Madras plague regulations and rules for the inspection of inward and outward bound vessels - Volume 1
Disease focus: Plague
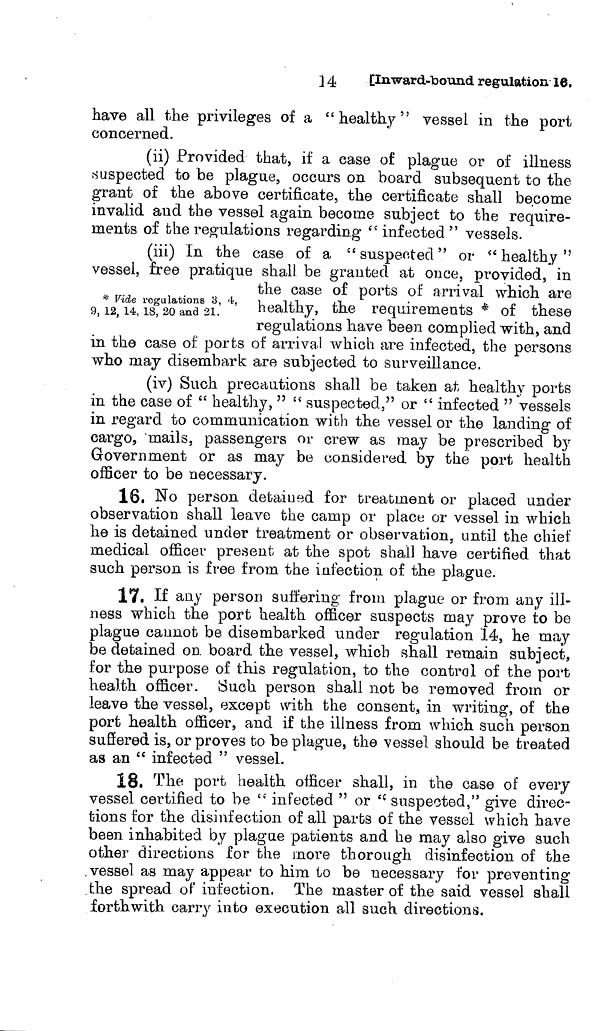
14
[Inward-bound regulation 10.
have all the privileges of a " healthy" vessel in the port
concerned.
(ii) Provided that, if a case of plague or of illness
suspected to be plague, occurs on board subsequent to the
grant of the above certificate, the certificate shall become
invalid and the vessel again become subject to the require-
ments of the regulations regarding " infected " vessels.
* Vide regulations 3, 4,
9, 12, 14, 18, 20 and 21.
(iii) In the case of a " suspected " or " healthy "
vessel, free pratique shall be granted at once, provided, in
the case of ports of arrival which are
healthy, the requirements * of these
regulations have been complied with, and
in the case of ports of arrival which are infected, the persons
who may disembark are subjected to surveillance.
(iv) Such precautions shall be taken at healthy ports
in the case of " healthy, " " suspected," or " infected " vessels
in regard to communication with the vessel or the landing of
cargo, mails, passengers or crew as may be prescribed by
Government or as may be considered by the port health
officer to be necessary.
16, No person detained for treatment or placed under
observation shall leave the camp or place or vessel in which
he is detained under treatment or observation, until the chief
medical officer present at the spot shall have certified that
such person is free from the i election of the plague.
17, If any person suffering from plague or from any ill-
ness which the port health officer suspects may prove to be
plague cannot be disembarked under regulation 14, he may
be detained on board the vessel, which shall remain subject,
for the purpose of this regulation, to the control of the port
health officer. Such person shall not be removed from or
leave the vessel, except with the consent, in writing, of the
port health officer, and if the illness from which such person
suffered is, or proves to be plague, the vessel should be treated
as an " infected " vessel.
18, The port health officer shall, in the case of every
vessel certified to be " infected " or " suspected," give direc-
tions for the disinfection of all parts of the vessel which have
been inhabited by plague patients and he may also give such
other directions for the more thorough disinfection of the
vessel as may appear to him to be necessary for preventing
the spread of infection. The master of the said vessel shall
forthwith carry into execution all such directions.